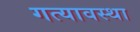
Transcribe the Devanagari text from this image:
गत्यावस्था